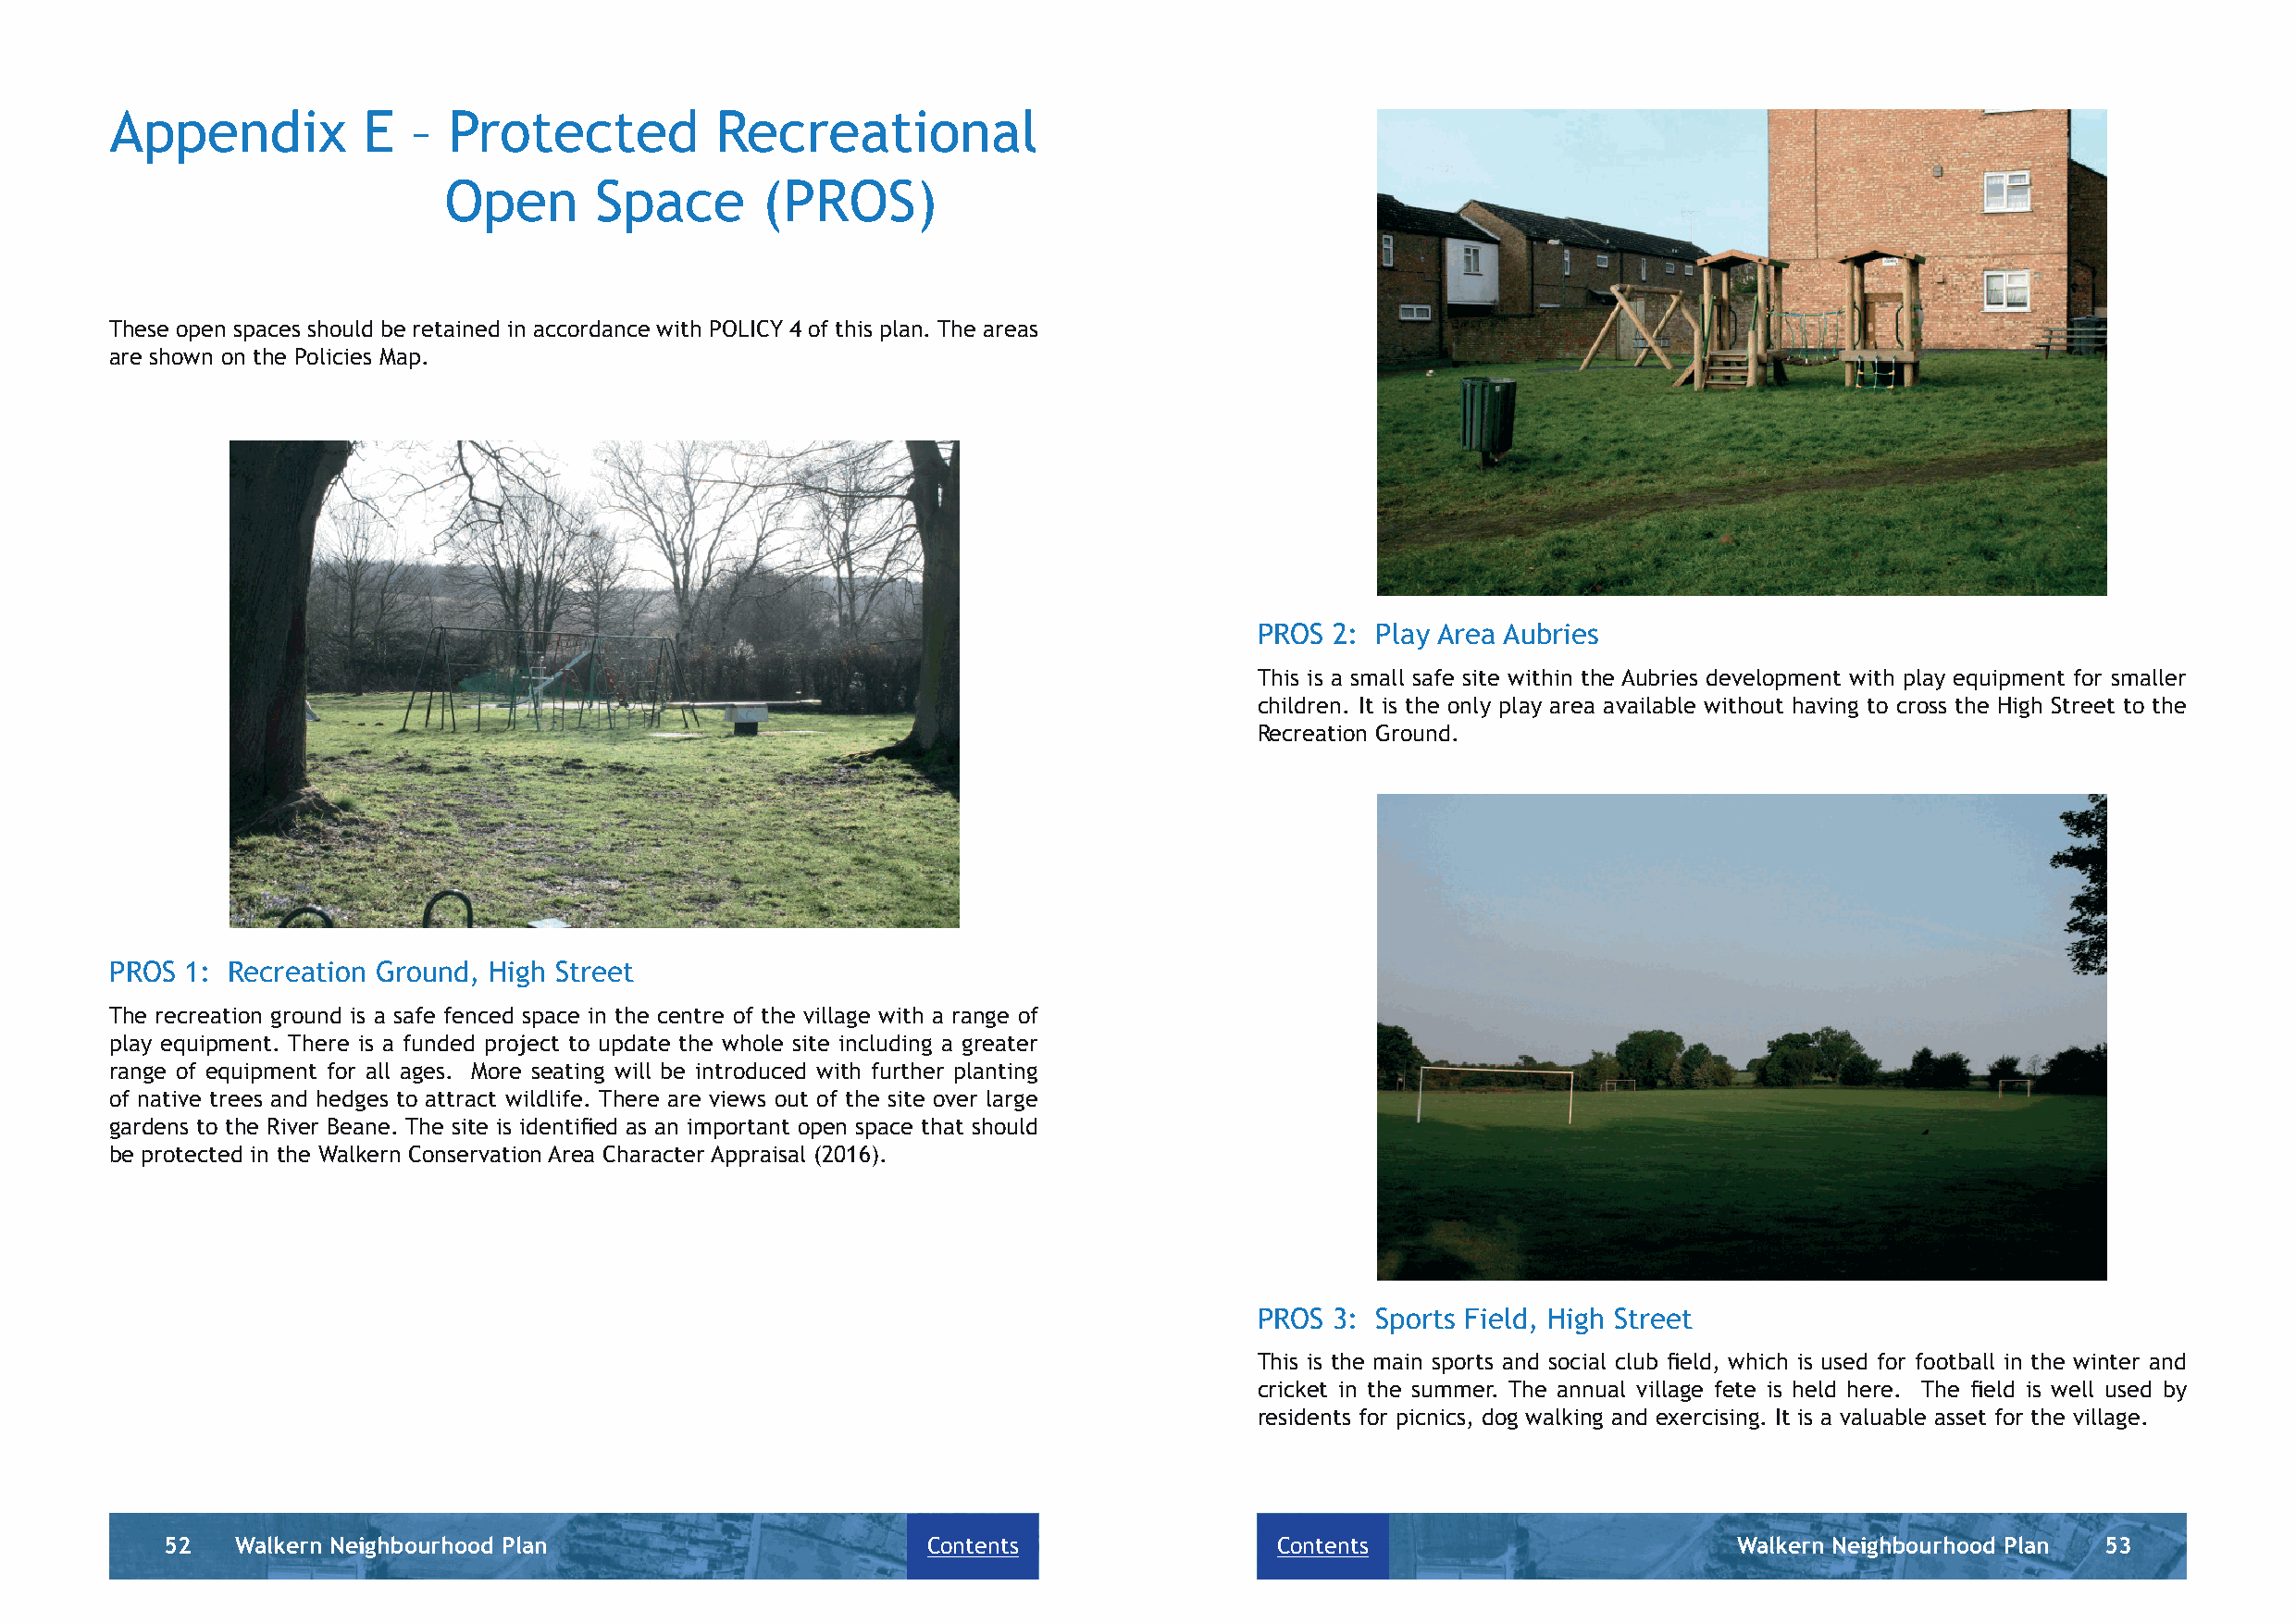
Appendix          E  –  Protected          Recreational
 Open       Space       (PROS)
 These open spaces should be retained in accordance with POLICY 4 of this plan. The areas
 are shown on the Policies Map.
 PROS 2: Play Area Aubries
 This is a small safe site within the Aubries development with play equipment for smaller
 children. It is the only play area available without having to cross the High Street to the
 Recreation Ground.
 PROS 1: Recreation Ground, High Street
 The recreation ground is a safe fenced space in the centre of the village with a range of
 play equipment. There is a funded project to update the whole site including a greater
 range of equipment for all ages. More seating will be introduced with further planting
 of native trees and hedges to attract wildlife. There are views out of the site over large
 gardens to the River Beane. The site is identifi ed as an important open space that should
 be protected in the Walkern Conservation Area Character Appraisal (2016).
 PROS 3: Sports Field, High Street
 This is the main sports and social club fi eld, which is used for football in the winter and
 cricket in the summer. The annual village fete is held here. The fi eld is well used by
 residents for picnics, dog walking and exercising. It is a valuable asset for the village.
 52   Walkern Neighbourhood Plan                       Contents                 Contents                         Walkern Neighbourhood Plan 53